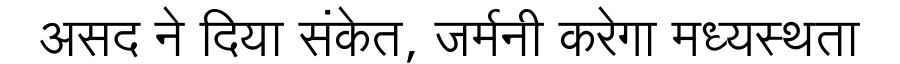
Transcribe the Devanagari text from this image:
असद ने दिया संकेत, जर्मनी करेगा मध्यस्थता